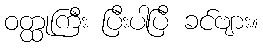
ဝတ္ထုကြီး ပြီးပါပြီ ခင်ဗျား။